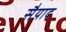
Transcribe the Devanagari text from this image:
सैयाद